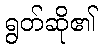
ရွတ်ဆို၏